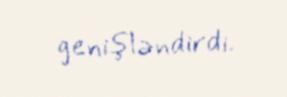
genişləndirdi.